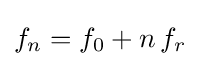
f_{n}=f_{0}+n\,f_{r}